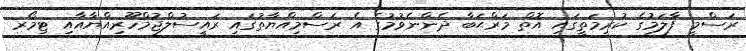
ރަސްމީ ފާލަމުގެ ކުރިމަތީގައި އޮތް މަރްޙަބާ ދެންނެވުމުގެ އެ ރަސްމިއްޔާތުގައި ރައީސުލްޖުމްހޫރިއްޔާއާއި ޓިމޯރ